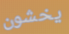
يخشون